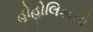
હોહોલિકાનો